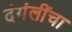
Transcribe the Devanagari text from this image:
दंगंलींचा